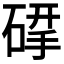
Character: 𮀶